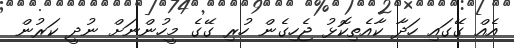
އެއް ގޭގައި ހަދާ ކާއެތިކޮޅު ޖެހިގެން ހުރި ގޭގެ މީހުންނަށް ނުދީ ކަރުން